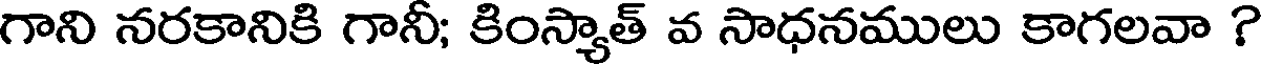
గాని నరకానికి గానీ; కింస్యాత్ వ సాధనములు కాగలవా ?